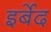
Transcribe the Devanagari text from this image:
इर्बेद